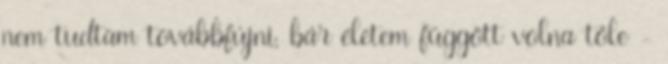
nem tudtam továbbfújni, bár életem függött volna tőle -